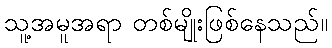
သူ့အမူအရာ တစ်မျိုးဖြစ်နေသည်။